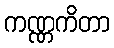
ကဏ္ဏကိတာ